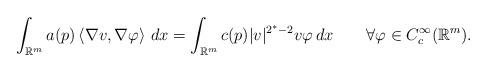
LaTeX: \begin{align*}\int_{\mathbb{R}^{m}}a(p)\left\langle \nabla v,\nabla\varphi\right\rangle\,dx=\int_{\mathbb{R}^{m}}c(p)|v|^{2^{\ast}-2}v\varphi\,dx\qquad\forall\varphi\in C_{c}^{\infty}(\mathbb{R}^{m}). \end{align*}